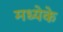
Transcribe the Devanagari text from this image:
मध्येके